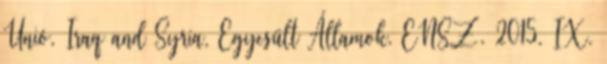
Unió, Iraq and Syria, Egyesült Államok, ENSZ. 2015. IX.